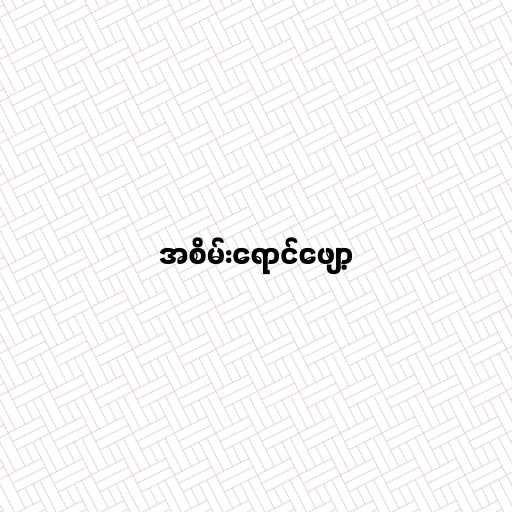
အစိမ်းရောင်ဖျော့